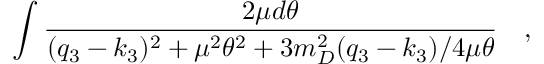
\int \frac { 2 \mu d \theta } { ( q _ { 3 } - k _ { 3 } ) ^ { 2 } + \mu ^ { 2 } \theta ^ { 2 } + 3 m _ { D } ^ { 2 } ( q _ { 3 } - k _ { 3 } ) / 4 \mu \theta } \quad ,